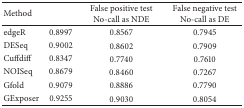
<table><thead><tr><td><b>Method</b></td><td><b> </b></td><td><b>False positive test No-call as NDE</b></td><td><b>False negative test No-call as DE</b></td></tr></thead><tbody><tr><td>edgeR</td><td>0.8997</td><td>0.8567</td><td>0.7945</td></tr><tr><td>DESeq</td><td>0.9002</td><td>0.8602</td><td>0.7909</td></tr><tr><td>Cuffdiff</td><td>0.8347</td><td>0.7740</td><td>0.7610</td></tr><tr><td>NOISeq</td><td>0.8679</td><td>0.8460</td><td>0.7267</td></tr><tr><td>Gfold</td><td>0.9079</td><td>0.8886</td><td>0.7790</td></tr><tr><td>GExposer</td><td>0.9255</td><td>0.9030</td><td>0.8054</td></tr></tbody></table>